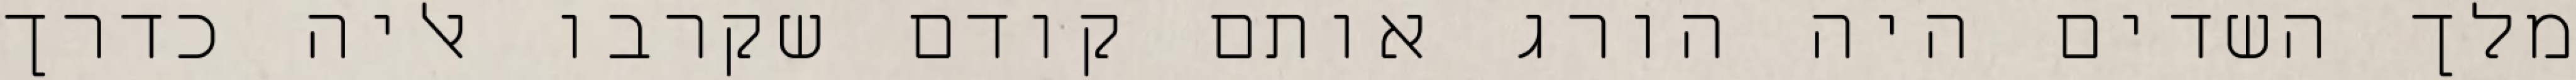
מלך השדים היה הורג אותם קודם שקרבו אליה כדרך